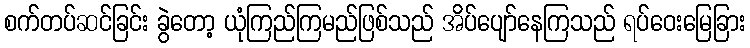
စက်တပ်ဆင်ခြင်း ခွဲတော့ ယုံကြည်ကြမည်ဖြစ်သည် အိပ်ပျော်နေကြသည် ရပ်ဝေးမြေခြား